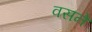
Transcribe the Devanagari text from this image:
वसने